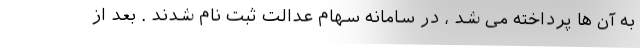
به آن ها پرداخته می شد ، در سامانه سهام عدالت ثبت نام شدند . بعد از